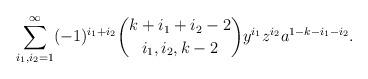
LaTeX: \begin{align*} \sum_{i_1,i_2=1}^\infty(-1)^{i_1+i_2} \binom{k + i_1 + i_2 -2}{i_1,i_2, k-2} y^{i_1} z ^{i_2} a^{ 1-k-i_1-i_2} .\end{align*}